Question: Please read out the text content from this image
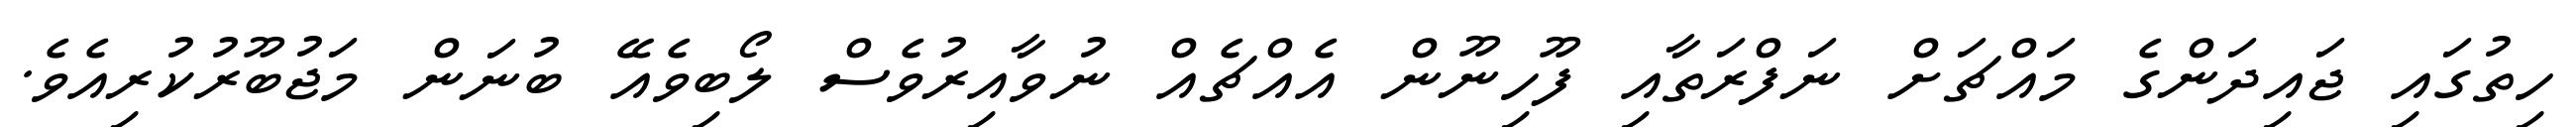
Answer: ހިތުގައި ޖައިދަންގެ މައްޗަށް ނަފްރަތާއި ފޫހިނޫން އެއްޗެއް ނުވާއިރުވެސް ލޯބިވެއޭ ބުނަން މަޖުބޫރުކުރިއެވެ.